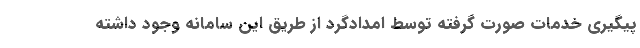
پیگیری خدمات صورت گرفته توسط امدادگرد از طریق این سامانه وجود داشته